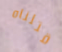
قتلناه